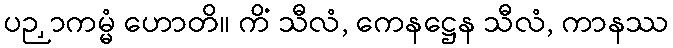
ပဉှာကမ္မံ ဟောတိ။ ကိံ သီလံ, ကေနဋ္ဌေန သီလံ, ကာနဿ